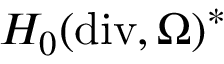
H _ { 0 } ( \mathrm { d i v } , \Omega ) ^ { * }